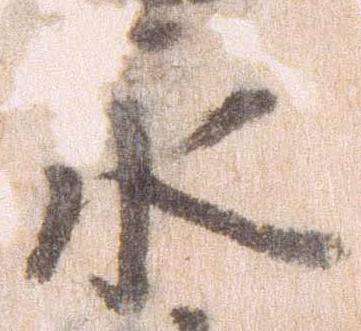
永